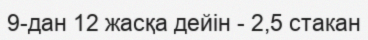
9-дан 12 жасқа дейін - 2,5 стакан